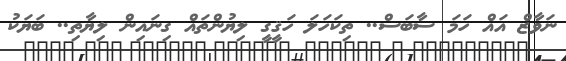
ނަވާޒް އައް ހަމަ ސާބަސް.. ތިކަހަލަ ހަޤީގީ ލިޔުންތައް ގިނައިން ލިޔާތި.. ބަޔަކު